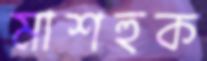
মাশহুক